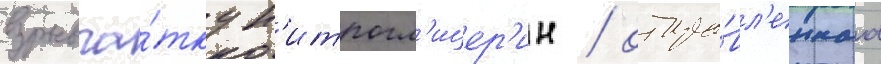
взрывча́тку н'итрогл'ицер'ин / отпра́вл'еннаа